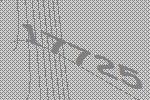
17725